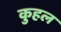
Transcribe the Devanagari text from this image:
कुहल